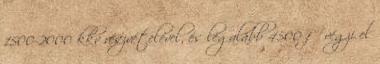
1500-2000 kkv részvételével, és legalább 4500 fő végzi el